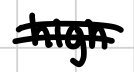
Text: High
Cross-out: double-line
Writing tool: digital_black